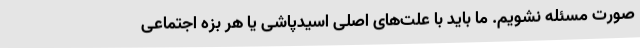
صورت مسئله نشویم. ما باید با علت‌های اصلی اسیدپاشی یا هر بزه اجتماعی